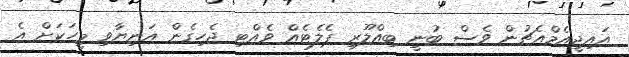
އައިޖީއެމްއެޗުން ވެސް ބުނީ ބިއްލޫރި ޕެލެޓެއް ވެއްޓި ޖެހިގެން އަނިޔާވި މީހަކަށް އެ